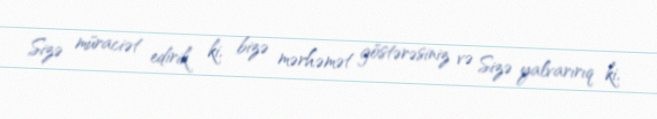
Sizə müraciət edirik ki, bizə mərhəmət göstərəsiniz və Sizə yalvarırıq ki,